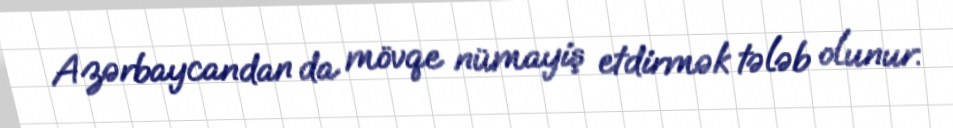
Azərbaycandan da mövqe nümayiş etdirmək tələb olunur.